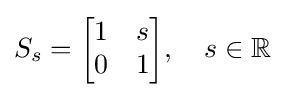
S_{s}={\begin{bmatrix}1&s\\0&1\end{bmatrix}},\quad s\in \mathbb {R}